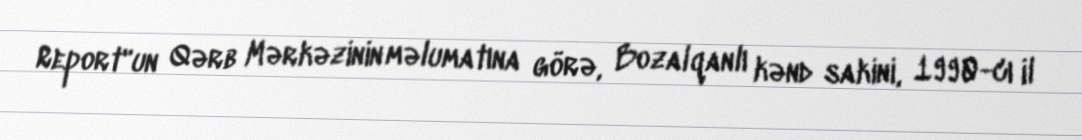
Report"un Qərb Mərkəzinin məlumatına görə, Bozalqanlı kənd sakini, 1990-cı il